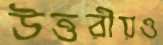
উত্তরীয়ও